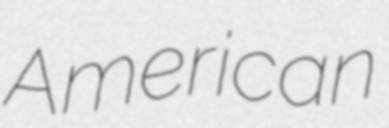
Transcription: American